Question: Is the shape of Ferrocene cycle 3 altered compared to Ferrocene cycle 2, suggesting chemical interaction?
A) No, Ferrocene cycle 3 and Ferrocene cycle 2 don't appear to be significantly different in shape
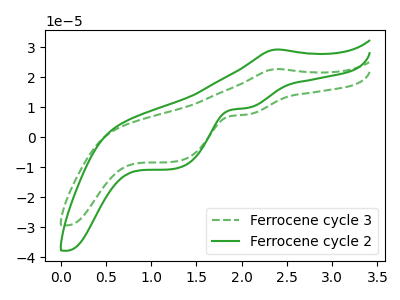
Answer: <think>The green dashed curve "Ferrocene cycle 3" has an anodic peak at (2.40V, 22.70uA) and cathodic peaks at (2.05V, 7.55uA) (1.25V, -8.20uA). The green curve "Ferrocene cycle 2" has an anodic peak at (2.40V, 29.20uA) and cathodic peaks at (2.05V, 9.70uA) (1.25V, -10.55uA).
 All the peaks in "Ferrocene cycle 3" have a peak in "Ferrocene cycle 2" at the same potential.</think>
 <answer>A) No, "Ferrocene cycle 3" and "Ferrocene cycle 2" don't appear to be significantly different in shape</answer>
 <eval>A</eval>